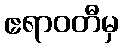
ဧရာဝတီမှ